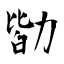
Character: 勓